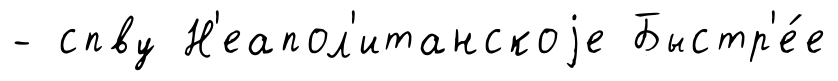
- спву Н'еапол'итанскоjе Быстр'е́е